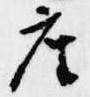
座